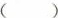
( )